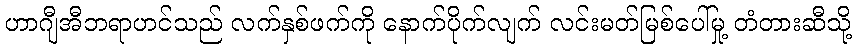
ဟာဂျီအီဘရာဟင်သည် လက်နှစ်ဖက်ကို နောက်ပိုက်လျက် လင်းမတ်မြစ်ပေါ်မှု့ တံတားဆီသို့